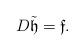
LaTeX: \begin{align*}D\tilde{\mathfrak{h}}=\mathfrak{f}.\end{align*}